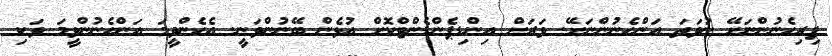
ފިރިހެނުންނަށޭ ނުވަތަ އަންހެނުންނަށޭ. ވަރަށް އިންޑިޕެންޑެންޓްކޮށް އުޅެން ބޭނުންވަނީ. އެހެންވީމަ އަންހެނުންވީމަ ވަކި